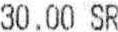
30.00 SR